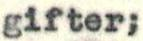
gifter;